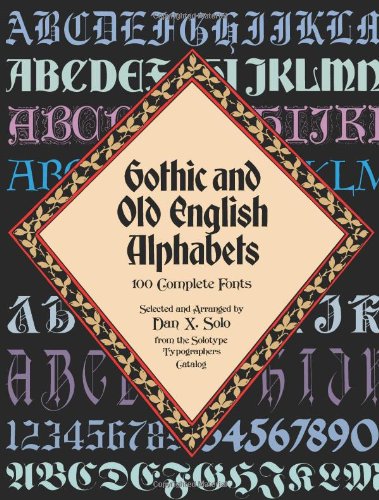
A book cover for Gothic and Old English Alphabets: 100 Complete Fonts (Lettering, Calligraphy, Typography); Dan X. Solo; Arts & Photography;